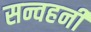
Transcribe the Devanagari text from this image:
सन्वहनी